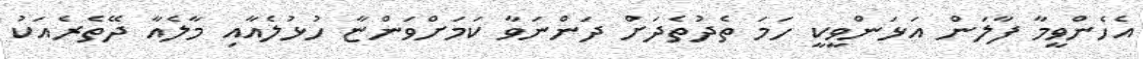
އެހެންވީމާ ފާލަން އަޅަންވީކީ ހަމަ ތެދުތެދަށް ދަންނަވާ ކަމަށްވަންޏާ ހުޅުލެއާއި މާލެއާ ދޭތެރެއަކު